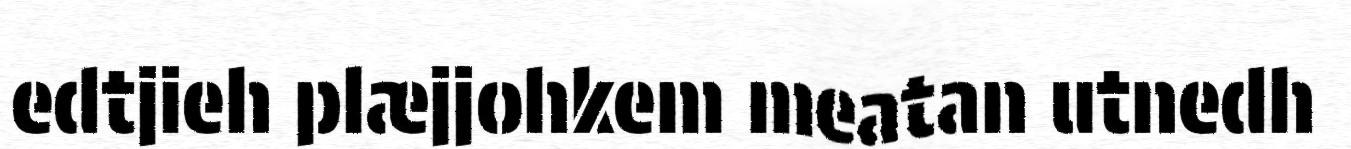
edtjieh plæjjohkem meatan utnedh